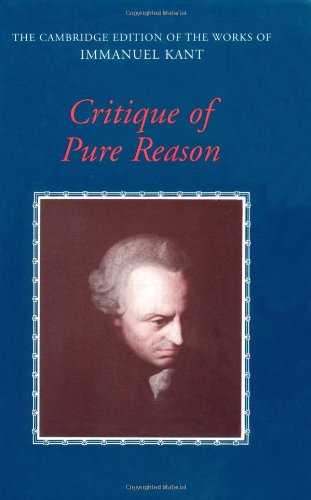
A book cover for Critique of Pure Reason (The Cambridge Edition of the Works of Immanuel Kant); Immanuel Kant; Politics & Social Sciences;